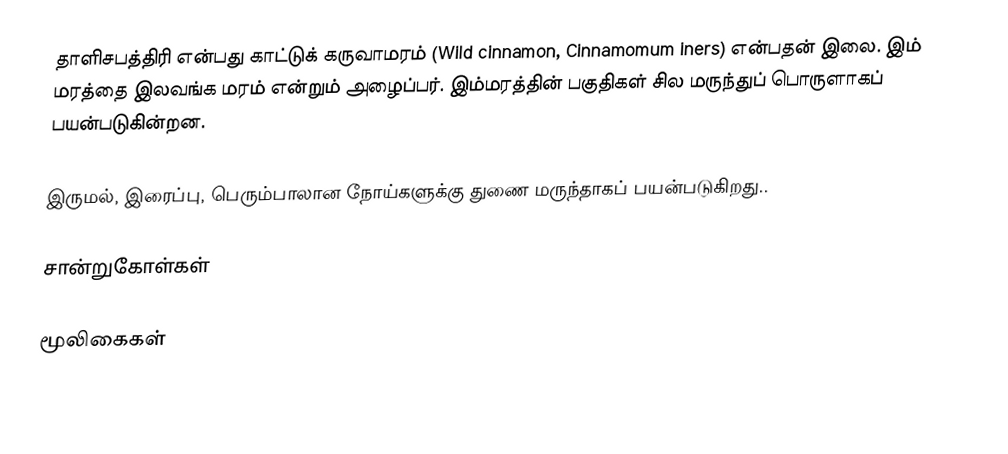
தாளிசபத்திரி என்பது காட்டுக் கருவாமரம் (Wild cinnamon, Cinnamomum iners) என்பதன் இலை. இம் மரத்தை இலவங்க மரம் என்றும் அழைப்பர். இம்மரத்தின் பகுதிகள் சில மருந்துப் பொருளாகப் பயன்படுகின்றன.

இருமல், இரைப்பு, பெரும்பாலான நோய்களுக்கு துணை மருந்தாகப் பயன்படுகிறது..

சான்றுகோள்கள்

மூலிகைகள்